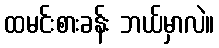
ထမင်းစားခန်း ဘယ်မှာလဲ။